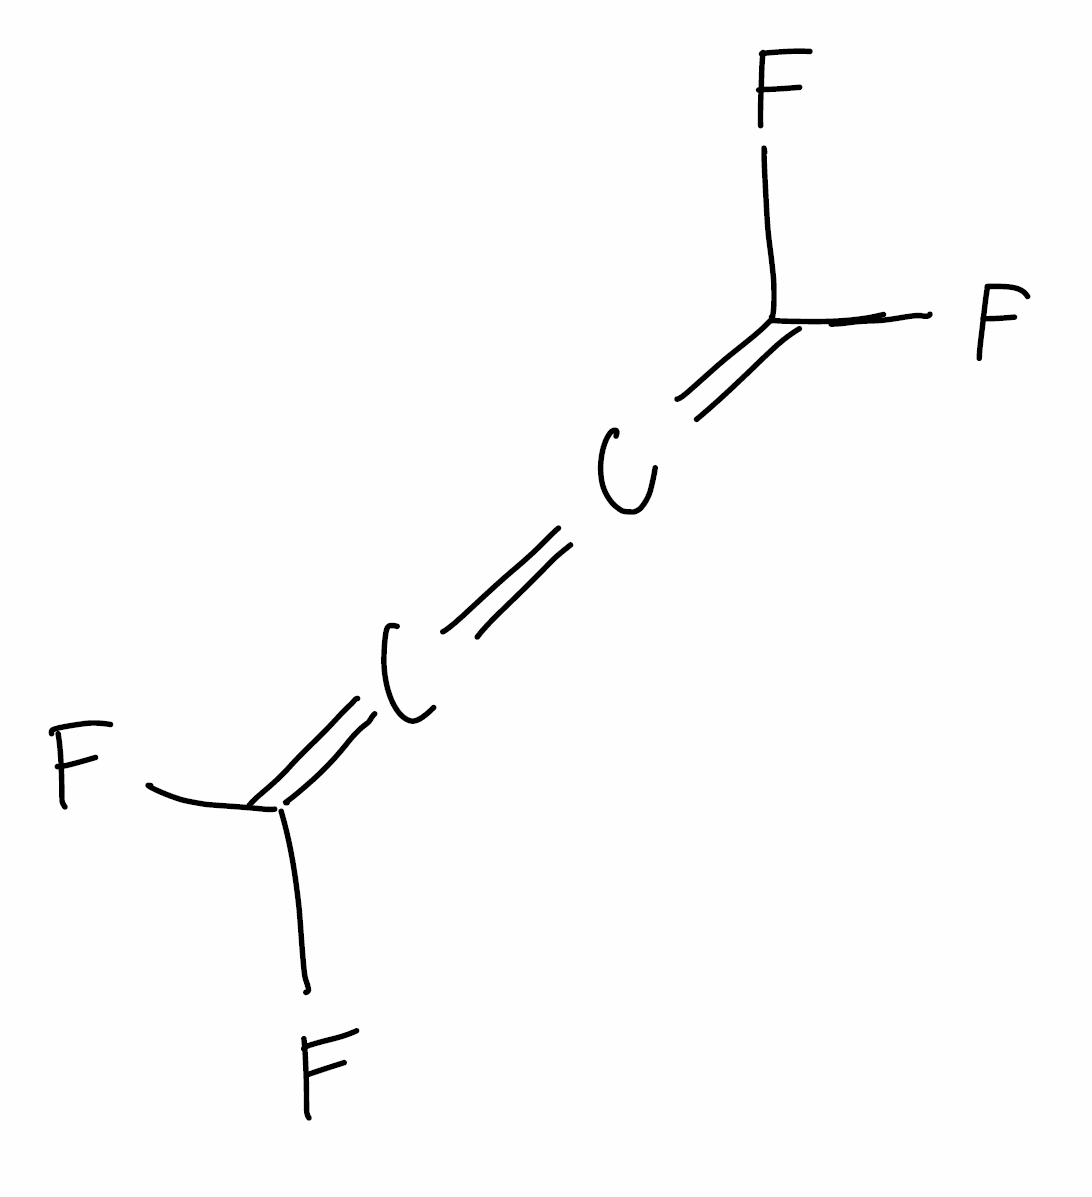
Simplified molecular-input line-entry system (SMILES) notation of the given molecule:
C(=C=C(F)F)=C(F)F